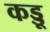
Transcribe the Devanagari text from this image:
कड्डू